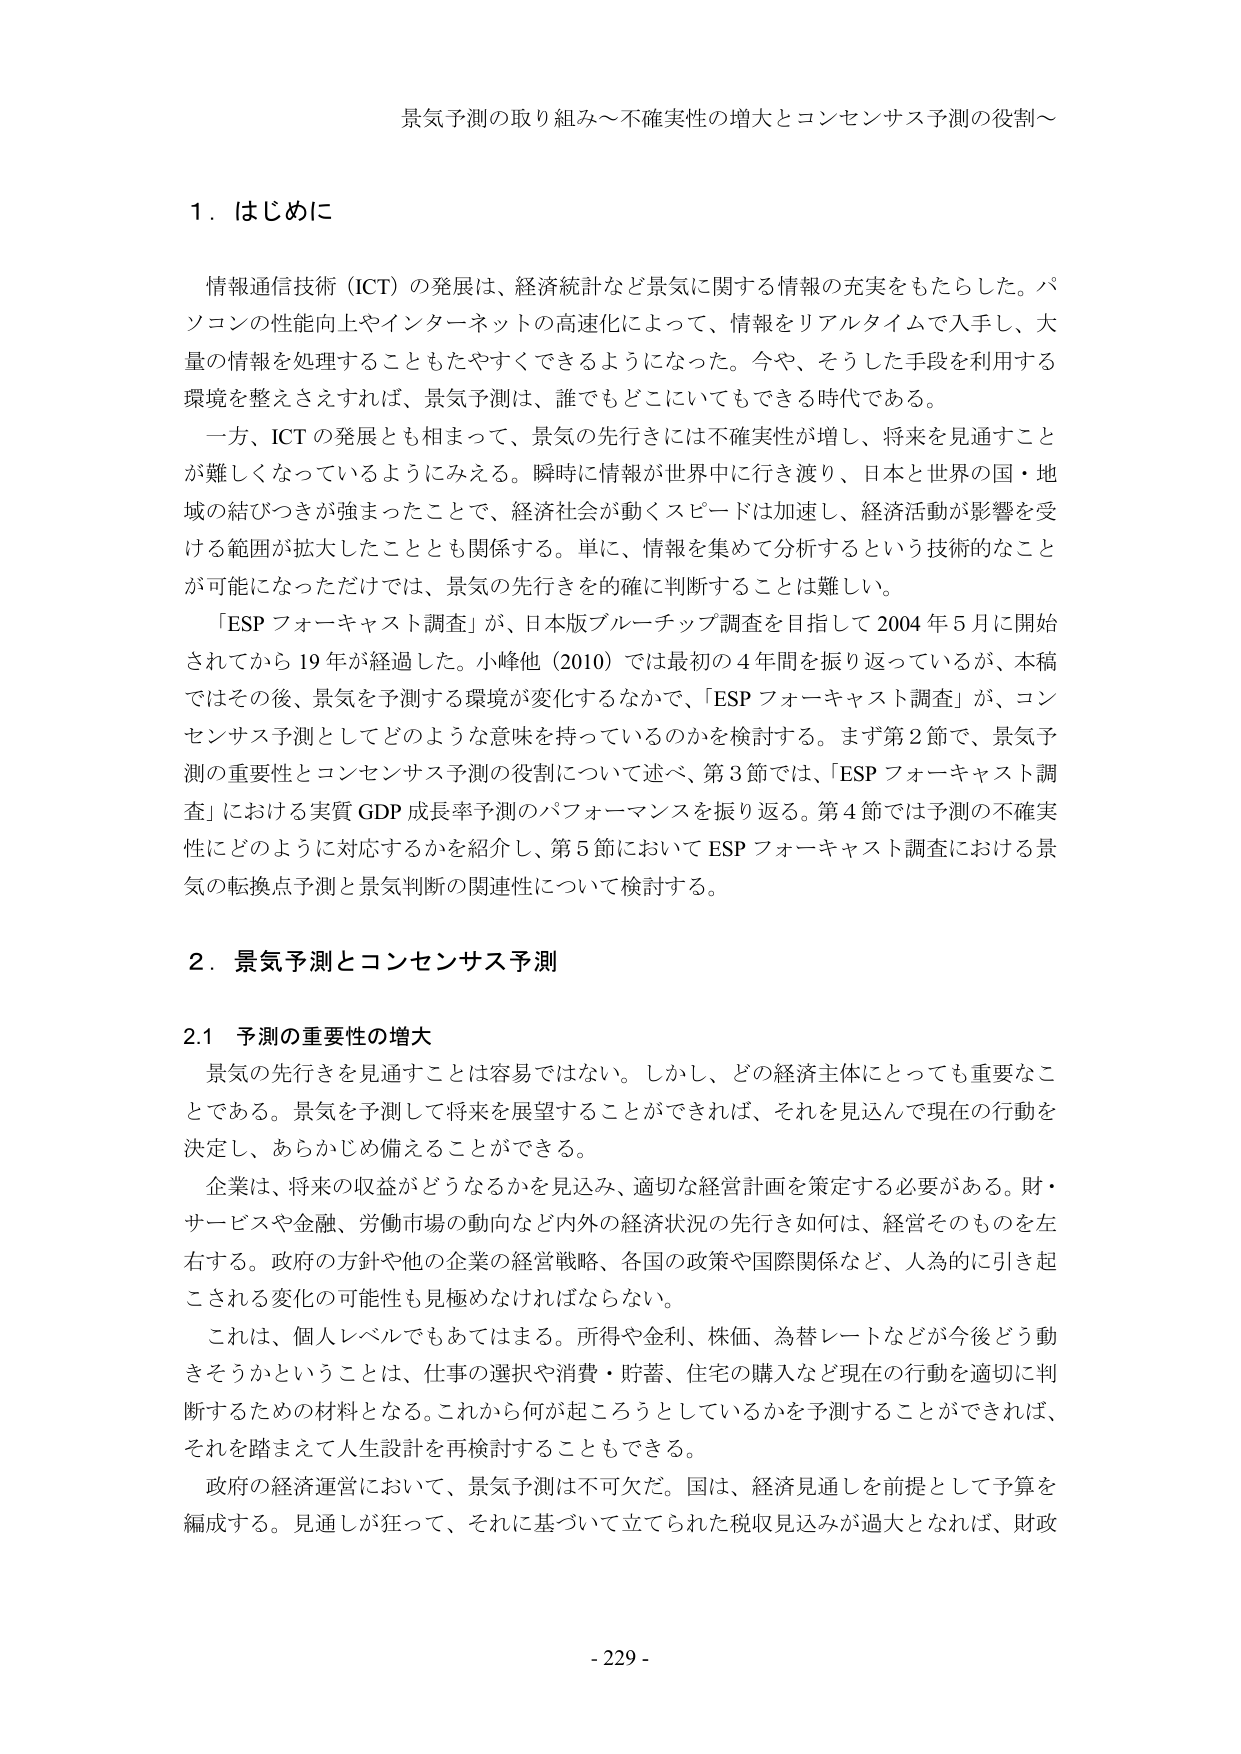
景気予測の取り組み～不確実性の増大とコンセンサス予測の役割～

1．はじめに

情報通信技術（ICT）の発展は、経済統計など景気に関する情報の充実をもたらした。パソコンの性能向上やインターネットの高速化によって、情報をリアルタイムで入手し、大量の情報を処理することもたやすくできるようになった。今や、そうした手段を利用する環境を整えさえすれば、景気予測は、誰でもどこにいてもできる時代である。

一方、ICTの発展とも相まって、景気の先行きには不確実性が増し、将来を見通すことが難しくなっているようにみえる。瞬時に情報が世界中に行き渡り、日本と世界の国・地域の結びつきが強まったことで、経済社会が動くスピードは加速し、経済活動が影響を受ける範囲が拡大したこととも関係する。単に、情報を集めて分析するという技術的なことが可能になっただけでは、景気の先行きを的確に判断することは難しい。

「ESP フォーキャスト調査」が、日本版ブルーチップ調査を目指して 2004 年 5 月に開始されてから 19 年が経過した。小峰他（2010）では最初の 4 年間を振り返っているが、本稿ではその後、景気を予測する環境が変化するなかで、「ESP フォーキャスト調査」が、コンセンサス予測としてどのような意味を持っているのかを検討する。まず第 2 節で、景気予測の重要性とコンセンサス予測の役割について述べ、第 3 節では、「ESP フォーキャスト調査」における実質 GDP 成長率予測のパフォーマンスを振り返る。第 4 節では予測の不確実性にどのように対応するかを紹介し、第 5 節において ESP フォーキャスト調査における景気の転換点予測と景気判断の関連性について検討する。

2．景気予測とコンセンサス予測

2.1 予測の重要性の増大

景気の先行きを見通すことは容易ではない。しかし、どの経済主体にとっても重要なことである。景気を予測して将来を展望することができれば、それを見込んで現在の行動を決定し、あらかじめ備えることができる。

企業は、将来の収益がどうなるかを見込み、適切な経営計画を策定する必要がある。財・サービスや金融、労働市場の動向など内外の経済状況の先行き如何は、経営そのものを左右する。政府の方針や他の企業の経営戦略、各国の政策や国際関係など、人為的に引き起こされる変化の可能性も見極めなければならない。

これは、個人レベルでもあてはまる。所得や金利、株価、為替レートなどが今後どう動きそうかということは、仕事の選択や消費・貯蓄、住宅の購入など現在の行動を適切に判断するための材料となる。これから何が起ころうとしているかを予測することができれば、それを踏まえて人生設計を再検討することもできる。

政府の経済運営において、景気予測は不可欠だ。国は、経済見通しを前提として予算を編成する。見通しが狂って、それに基づいて立てられた税収見込みが過大となれば、財政

- 229 -